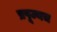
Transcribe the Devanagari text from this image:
प्रपूज्यच